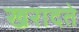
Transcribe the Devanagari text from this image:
खरादते